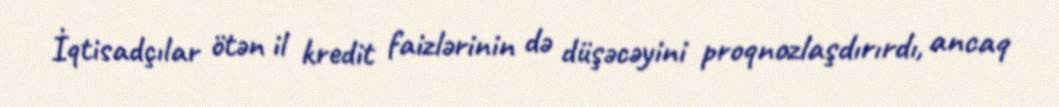
İqtisadçılar ötən il kredit faizlərinin də düşəcəyini proqnozlaşdırırdı, ancaq